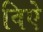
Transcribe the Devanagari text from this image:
विऐ